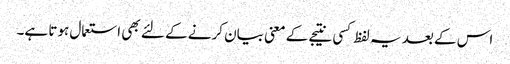
اس کے بعد یہ لفظ کسی نتیجے کے معنی بیان کرنے کے لئے بھی استعمال ہوتا ہے۔